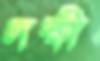
লক্ষী